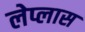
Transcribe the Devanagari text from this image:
लेप्लास